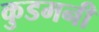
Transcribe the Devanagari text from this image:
कुडमनी